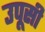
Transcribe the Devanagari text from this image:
उपूसी